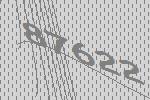
87622